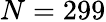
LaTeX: N=299